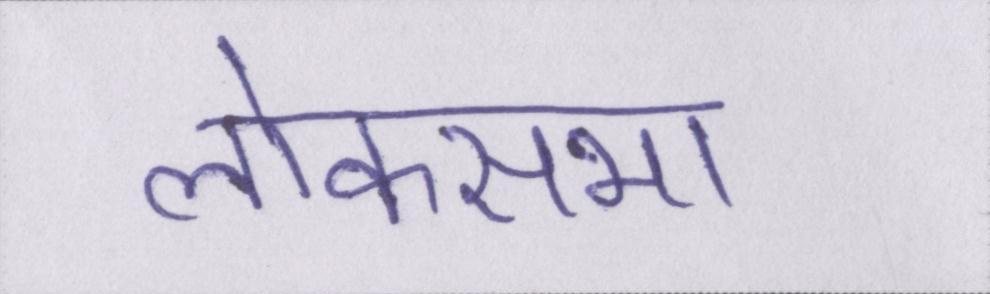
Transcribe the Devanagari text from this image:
लोकसभा